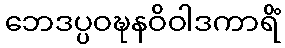
ဘေဒပ္ပဝဍ္ဎနဝိဝါဒကာရိံ